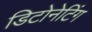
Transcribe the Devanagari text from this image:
डिटोनेटिंग